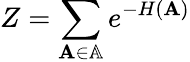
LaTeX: Z=\sum_{\mathbf{A}\in\mathbb{A}}e^{-H(\mathbf{A})}